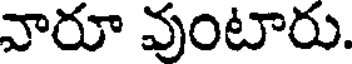
వారూ వుంటారు.